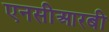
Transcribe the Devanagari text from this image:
एनसीआरबी